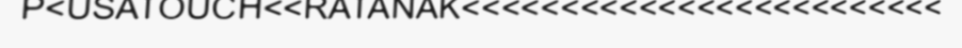
P<USATOUCH<<RATANAK<<<<<<<<<<<<<<<<<<<<<<<<<